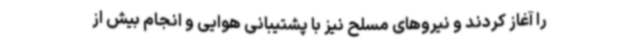
را آغاز کردند و نیروهای مسلح نیز با پشتیبانی هوایی و انجام بیش از